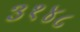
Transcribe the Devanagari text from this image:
३१४८